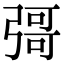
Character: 彁